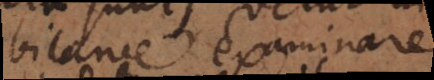
bilance examinare